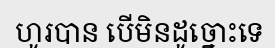
ហូរបាន បើមិនដូច្នោះទេ